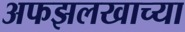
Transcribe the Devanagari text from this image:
अफझलखाच्या